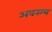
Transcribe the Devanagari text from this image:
अवस्ग्य